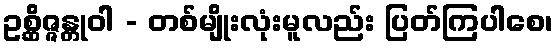
ဥစ္ဆိဇ္ဇန္တုဝါ - တစ်မျိုးလုံးမူလည်း ပြတ်ကြပါစေ၊